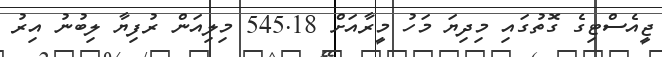
ޖީއެސްޓިގެ ގޮތުގައި މިދިޔަ މަހު މީރާއަށް 545.18 މިލިއަން ރުފިޔާ ލިބުނު އިރު